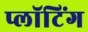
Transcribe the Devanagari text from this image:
प्लॉटिंग